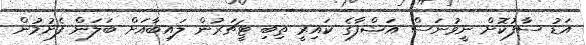
އަޑު ސާފުކޮށް ނީވުނަސް އަޝްފާގެ ކައިރީ ތިބި ޓީޗަރުން ލައިބާއަށް ބަލަން ފެށުމުން